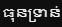
ធុនទ្រាន់